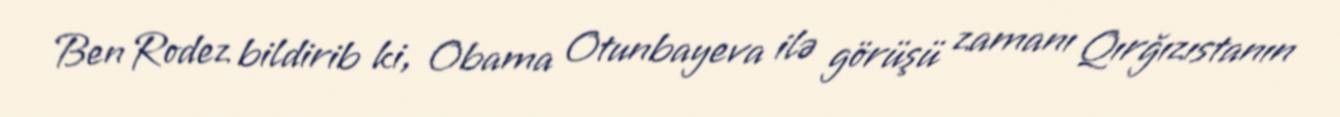
Ben Rodez bildirib ki, Obama Otunbayeva ilə görüşü zamanı Qırğızıstanın